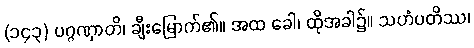
(၁၄၃) ပဂ္ဂဏှာတိ၊ ချီးမြောက်၏။ အထ ခေါ၊ ထိုအခါ၌။ သဟံပတိဿ၊